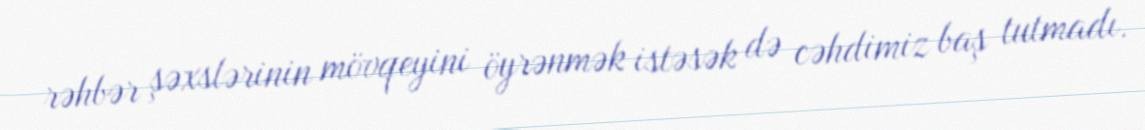
rəhbər şəxslərinin mövqeyini öyrənmək istəsək də cəhdimiz baş tutmadı.